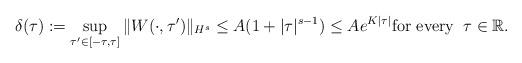
LaTeX: \begin{align*}\delta(\tau) := \sup_{\tau' \in [-\tau,\tau]} \| W(\cdot,\tau') \|_{H^s} \leq A (1 + |\tau|^{s-1}) \leq A e^{K |\tau|}\mbox{\rm for every} \;\; \tau \in \mathbb{R}.\end{align*}